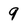
Character: 9